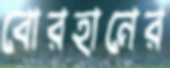
বোরহানের